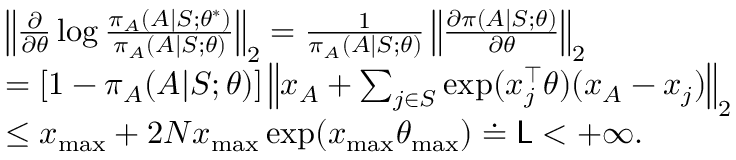
\begin{array} { r } { \begin{array} { r l } & { \left\| { \frac { \partial } { \partial \theta } } \log { \frac { \pi _ { A } ( A | S ; \theta ^ { * } ) } { \pi _ { A } ( A | S ; \theta ) } } \right\| _ { 2 } = { \frac { 1 } { \pi _ { A } ( A | S ; \theta ) } } \left\| { \frac { \partial \pi ( A | S ; \theta ) } { \partial \theta } } \right\| _ { 2 } } \\ & { = [ 1 - \pi _ { A } ( A | S ; \theta ) ] \left\| x _ { A } + \sum _ { j \in S } \exp ( x _ { j } ^ { \top } \theta ) ( x _ { A } - x _ { j } ) \right\| _ { 2 } } \\ & { \le x _ { \operatorname* { m a x } } + 2 N x _ { \operatorname* { m a x } } \exp ( x _ { \operatorname* { m a x } } \theta _ { \operatorname* { m a x } } ) \doteq \mathsf { L } < + \infty . } \end{array} } \end{array}